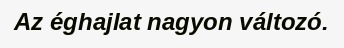
Az éghajlat nagyon változó.